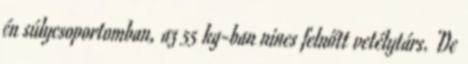
én súlycsoportomban, az 55 kg-ban nincs felnőtt vetélytárs. De